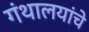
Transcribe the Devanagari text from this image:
गंथालयांचे